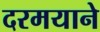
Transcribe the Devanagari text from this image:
दरमयाने